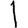
Digit: 1